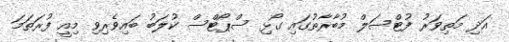
އަދި މަތިވަރު ފުޓްސަލް މުބާރާތުގައި ގޯޅި ސްޕޯޓްސް ކުލަބު ބައިވެރިވި މިއީ ފުރަތަމަ